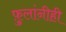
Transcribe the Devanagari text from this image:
फ़ुलांनीही